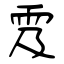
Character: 雭